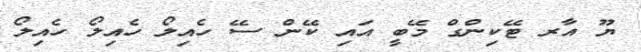
ޔޫ އާރ ޓޭކިންގް މޭބީ އައި ކޭން ސޭ ހެއިލޯ ހެއިލޯ ހެއިލޯ